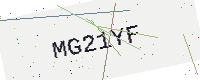
Text: MG21YF